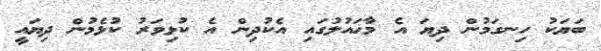
ބަޔަކު ހިނގަމުން ދިޔަ އެ މާޙައުލުގައި އެކުދިން އެ ކުޅިވަރު ކުޅެމުން ދިޔައީ